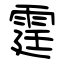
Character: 霆